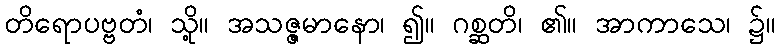
တိရောပဗ္ဗတံ၊ သို့။ အသဇ္ဇမာနော၊ ၍။ ဂစ္ဆတိ၊ ၏။ အာကာသေ၊ ၌။